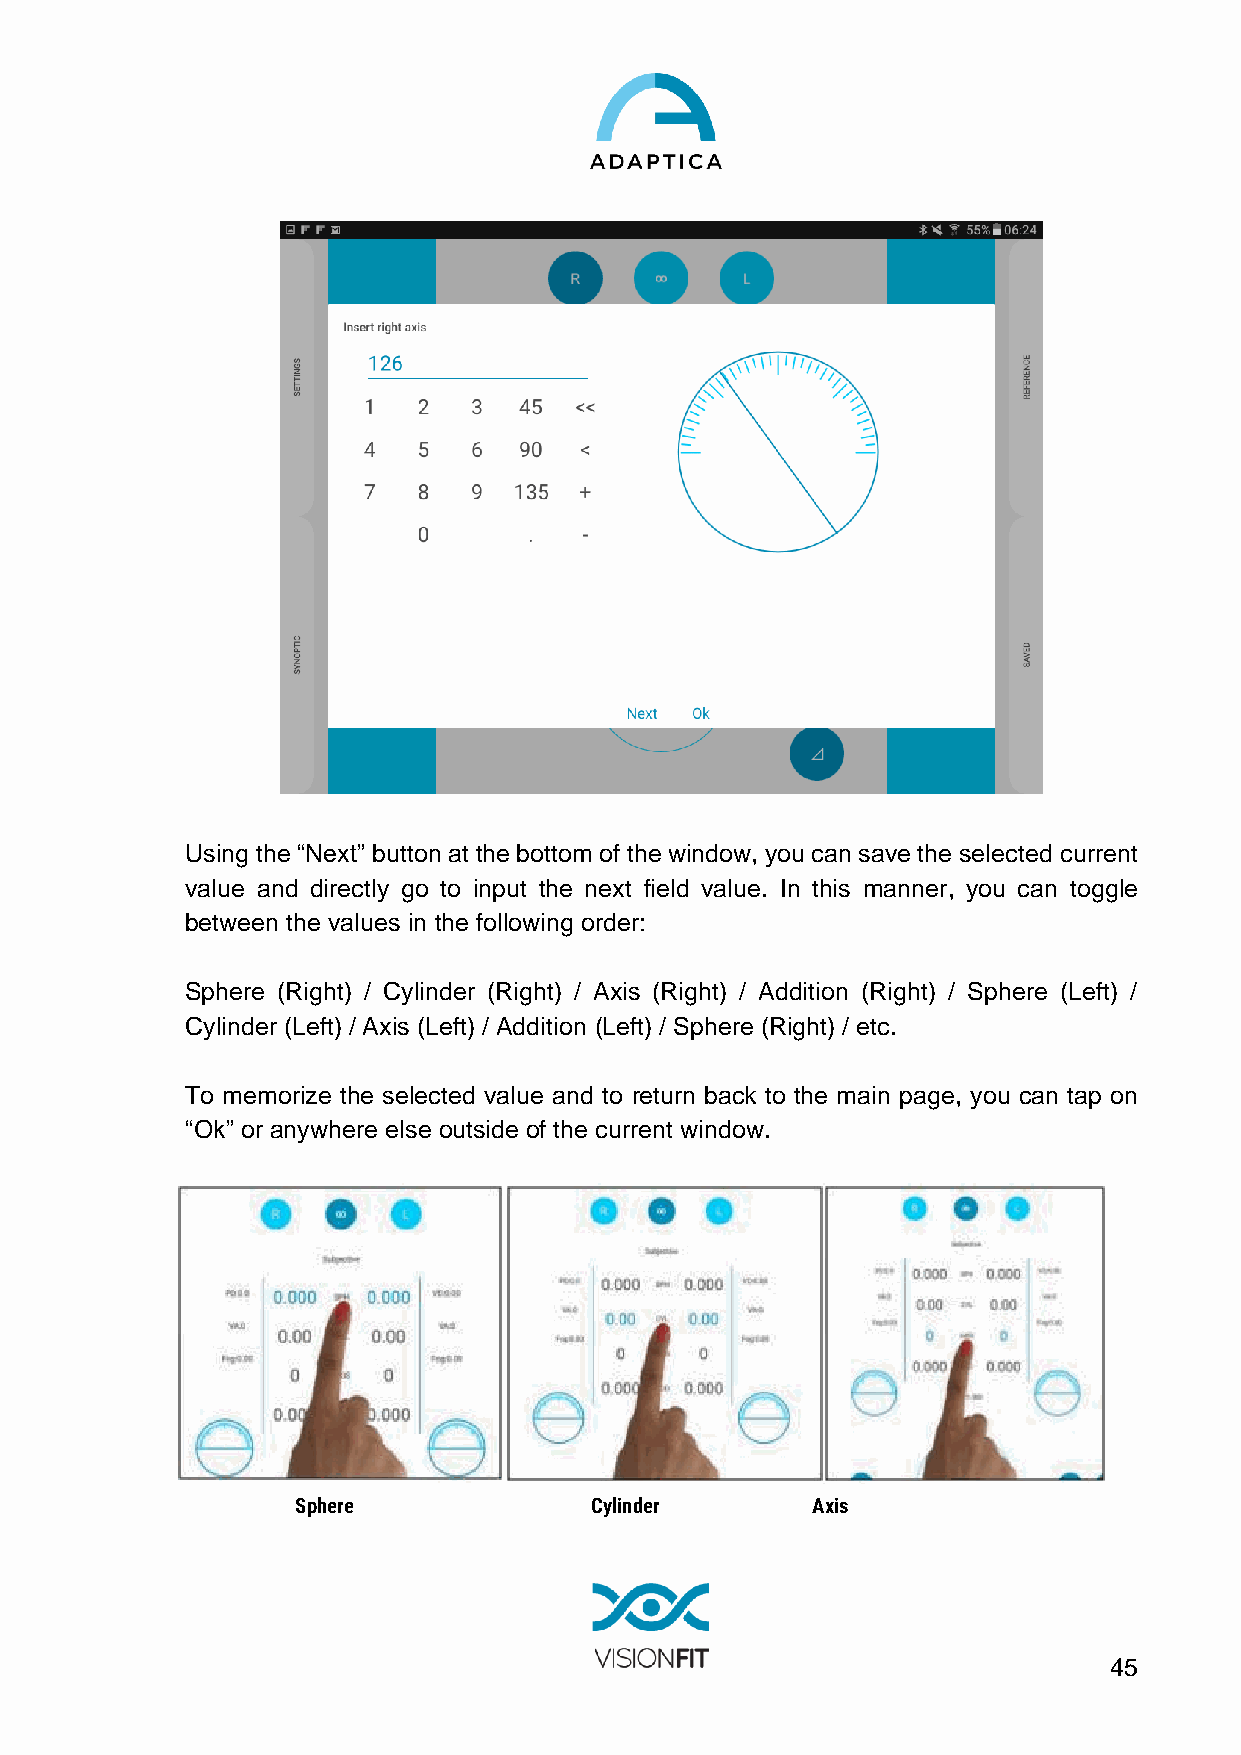
Using the “Next” button at the bottom of the window, you can save the selected current
 value and directly go to input the next field value. In this manner, you can toggle
 between the values in the following order:
 Sphere (Right) / Cylinder (Right) / Axis (Right) / Addition (Right) / Sphere (Left) /
 Cylinder (Left) / Axis (Left) / Addition (Left) / Sphere (Right) / etc.
 To memorize the selected value and to return back to the main page, you can tap on
 “Ok” or anywhere else outside of the current window.
 Sphere             Cylinder       Axis
 45